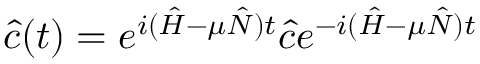
\hat { c } ( t ) = e ^ { i ( \hat { H } - \mu \hat { N } ) t } \hat { c } e ^ { - i ( \hat { H } - \mu \hat { N } ) t }